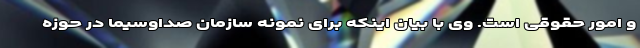
و امور حقوقی است. وی با بیان اینکه برای نمونه سازمان صداوسیما در حوزه